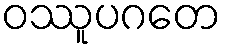
ဝဿူပဂတေ